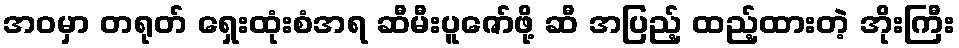
အဝမှာ တရုတ် ရှေးထုံးစံအရ ဆီမီးပူဇော်ဖို့ ဆီ အပြည့် ထည့်ထားတဲ့ အိုးကြီး